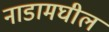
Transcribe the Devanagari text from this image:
नाडामघील